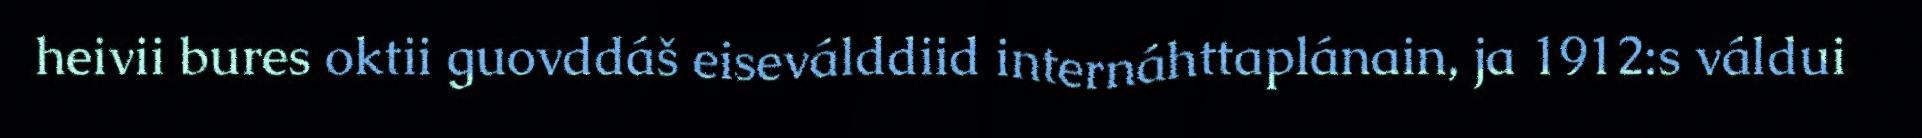
heivii bures oktii guovddáš eiseválddiid internáhttaplánain, ja 1912:s váldui